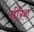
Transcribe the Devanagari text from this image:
नीरेश